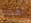
اهدء